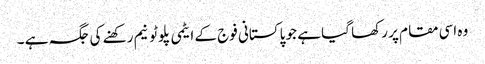
وہ اسی مقام پر رکھا گیا ہے جو پاکستانی فوج کے ایٹمی پلوٹونیم رکھنے کی جگہ ہے ۔